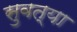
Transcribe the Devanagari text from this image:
सुवत्या